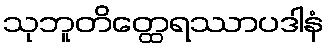
သုဘူတိတ္ထေရဿာပဒါနံ